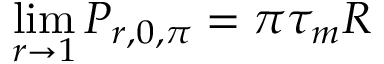
\operatorname* { l i m } _ { r \to 1 } P _ { r , 0 , \pi } = \pi \tau _ { m } R